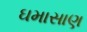
ઘમાસાણ